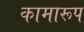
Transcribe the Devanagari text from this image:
कामारूप